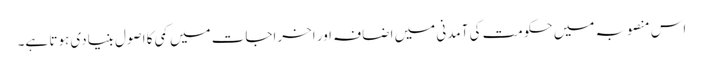
اس منصوبہ میں حکومت کی آمدنی میں اضافہ اور اخراجات میں کمی کا اصول بنیادی ہوتا ہے۔